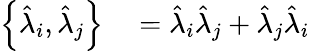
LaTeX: \begin{array}{rl}{\left\{ \hat{\lambda}_{i},\hat{\lambda}_{j}\right\} }&{{}=\hat{\lambda}_{i}\hat{\lambda}_{j}+\hat{\lambda}_{j}\hat{\lambda}_{i}}\end{array}